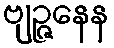
ဗျဉ္ဇနေန